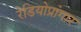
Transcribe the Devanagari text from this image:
रेडियोप्रांगार